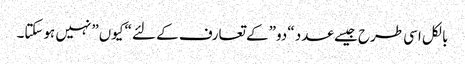
بالکل اسی طرح جیسے عدد “دو” کے تعارف کے لئے “کیوں” نہیں ہوسکتا۔